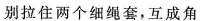
别拉住两个细绳套，互成角